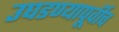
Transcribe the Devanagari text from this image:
उघडण्यापूर्वीच